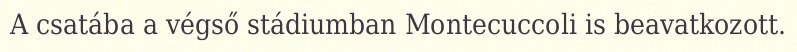
A csatába a végső stádiumban Montecuccoli is beavatkozott.